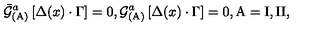
{ \bar { { \cal G } } } _ { \mathrm { ( A ) } } ^ { a } \left[ \Delta ( x ) \cdot \Gamma \right] = 0 , { \cal G } _ { \mathrm { ( A ) } } ^ { a } \left[ \Delta ( x ) \cdot \Gamma \right] = 0 , \mathrm { A } = \mathrm { I } , \mathrm { I I } ,